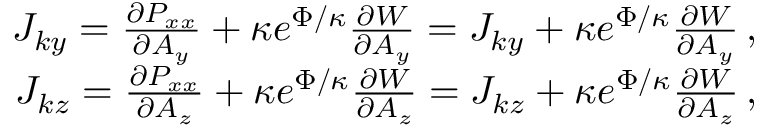
\begin{array} { r } { J _ { k y } = \frac { \partial P _ { x x } } { \partial A _ { y } } + \kappa e ^ { \Phi / \kappa } \frac { \partial W } { \partial A _ { y } } = J _ { k y } + \kappa e ^ { \Phi / \kappa } \frac { \partial W } { \partial A _ { y } } \, , } \\ { J _ { k z } = \frac { \partial P _ { x x } } { \partial A _ { z } } + \kappa e ^ { \Phi / \kappa } \frac { \partial W } { \partial A _ { z } } = J _ { k z } + \kappa e ^ { \Phi / \kappa } \frac { \partial W } { \partial A _ { z } } \, , } \end{array}